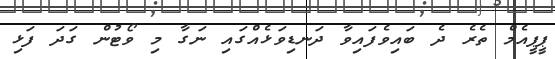
ޕީޕީއެމް ތެރެ ދެ ބައިވެފައިވާ ދަނޑިވަޅެއްގައި ނަގާ މި ވޯޓުން ގަދަ ފަޅި